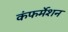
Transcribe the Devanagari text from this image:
कंफर्मेशन